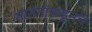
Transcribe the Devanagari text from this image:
मातंगांकडूनच